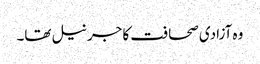
وہ آزادی صحافت کا جرنیل تھا۔